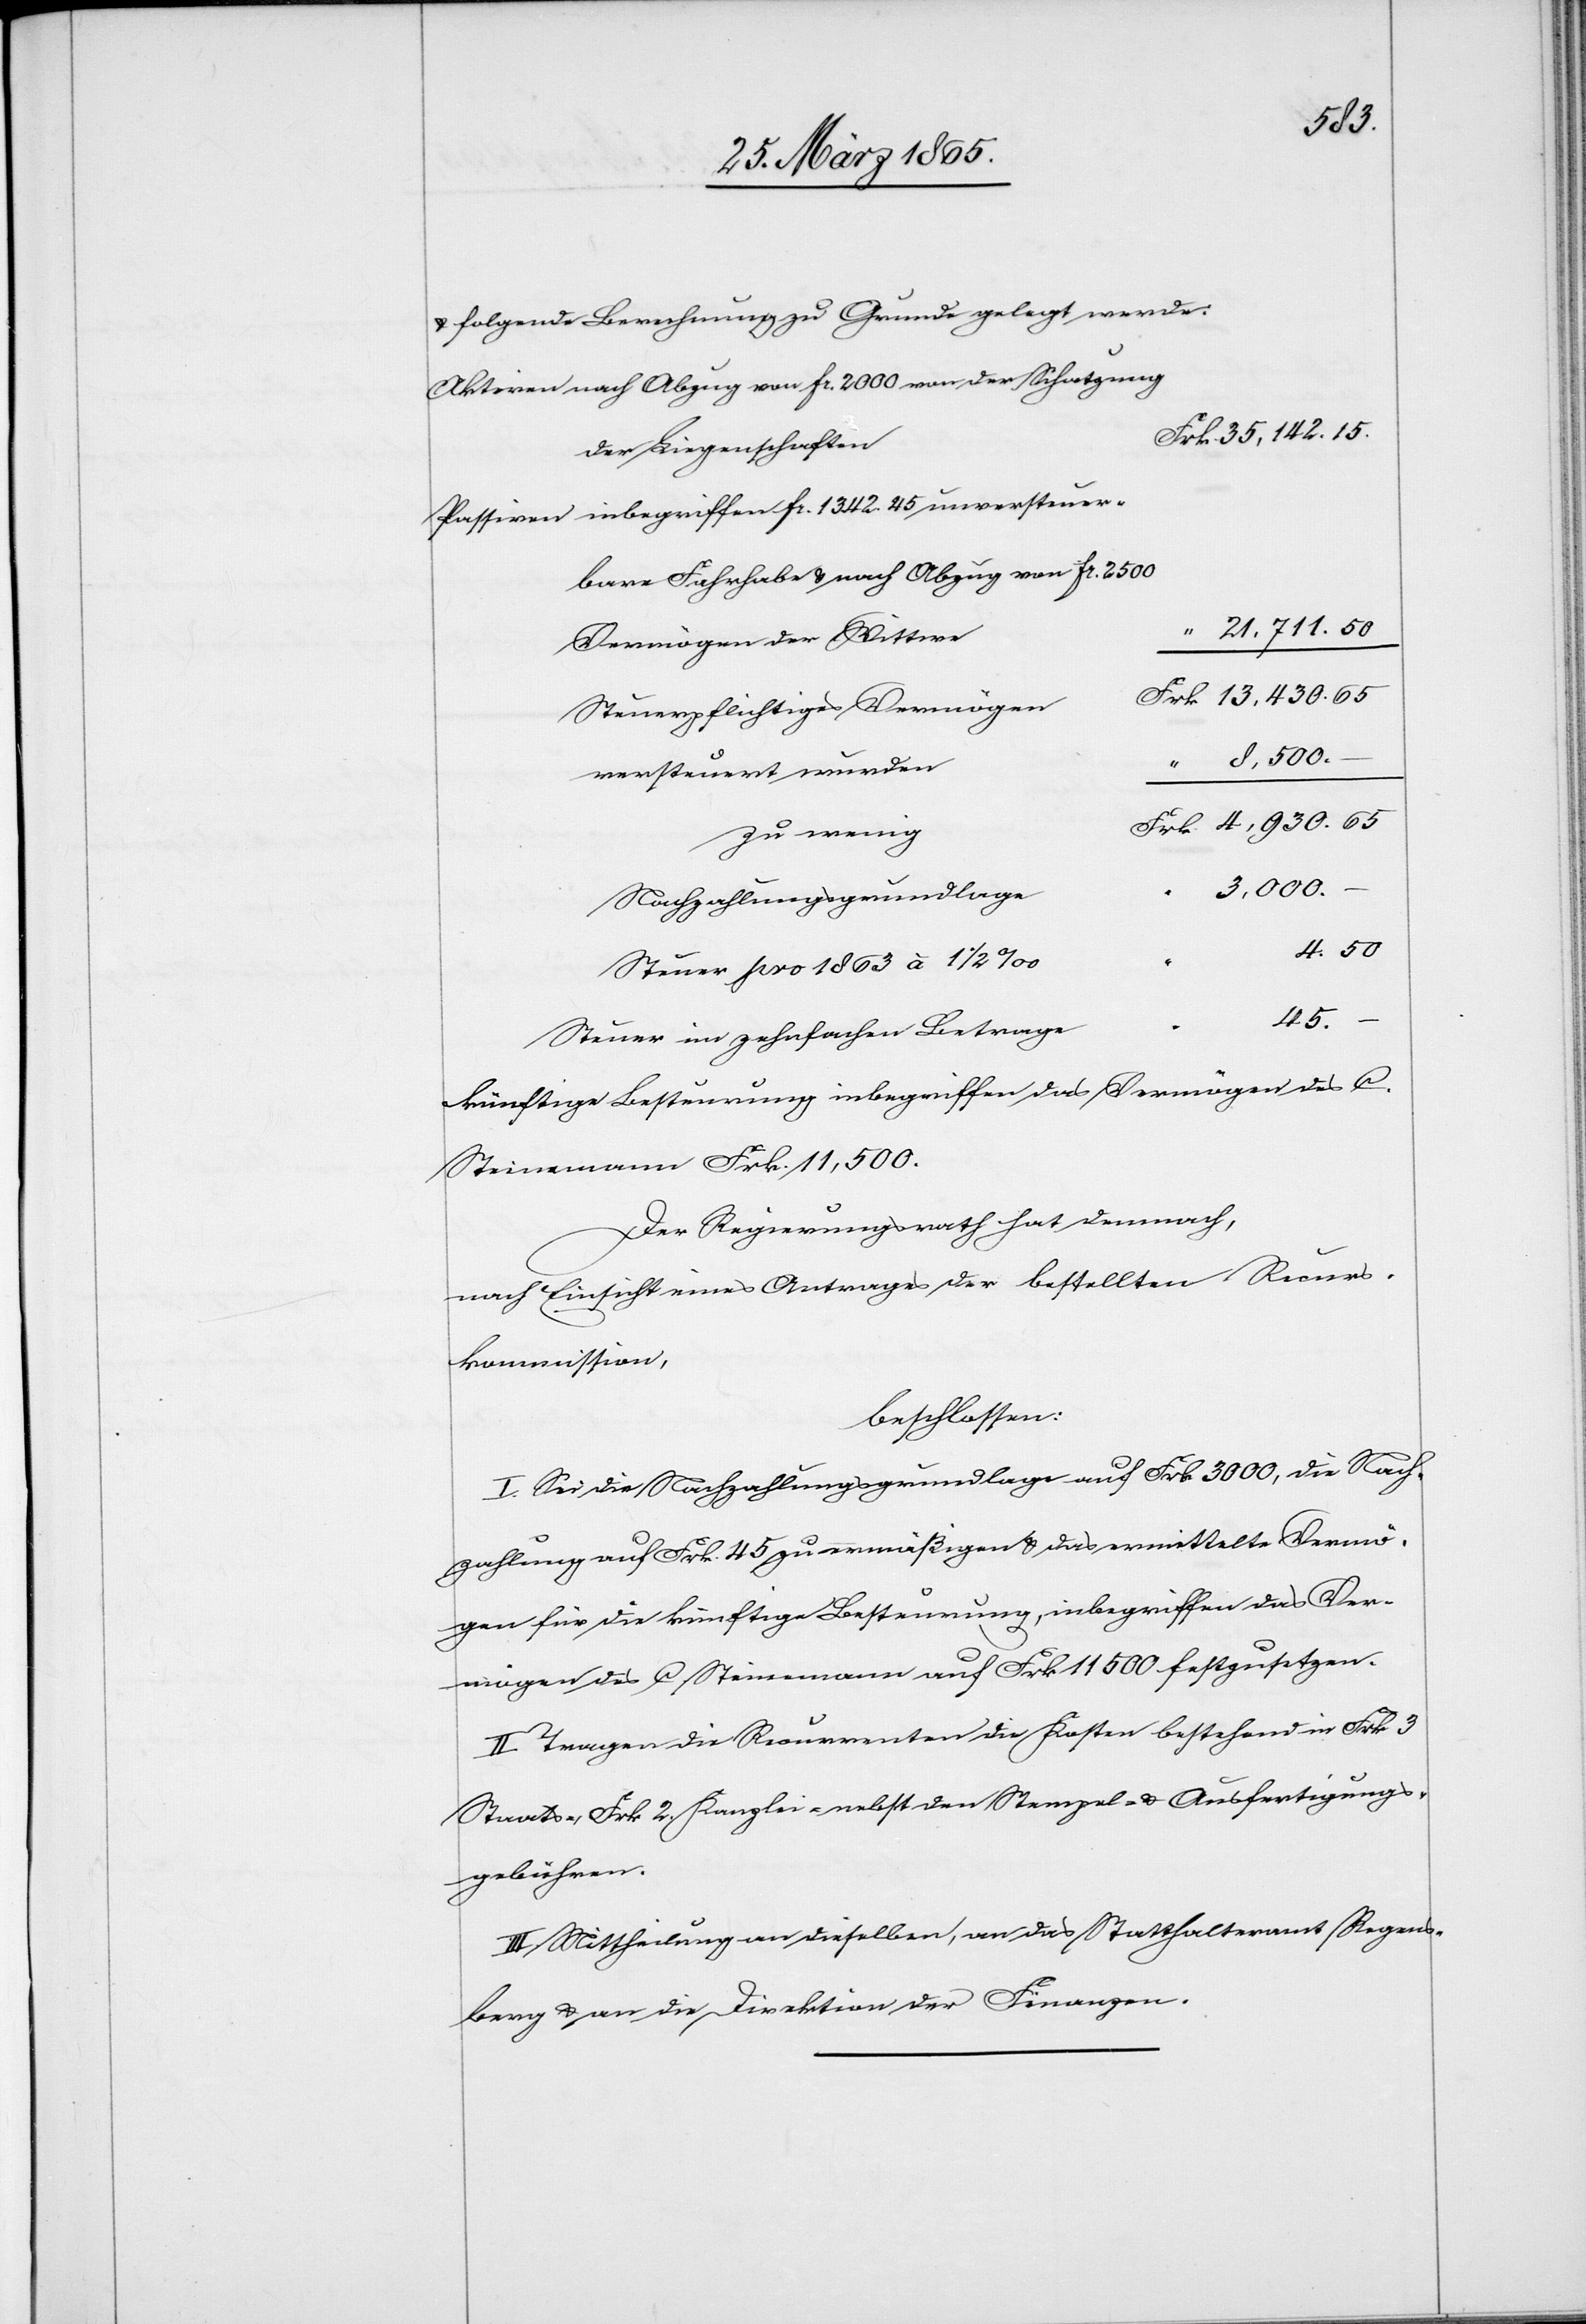
50
folgende Berechnung zu Grunde gelegt werde:
Aktiven nach Abzug von fr. 2000 von der Schatzung
der Liegenschaften
Passiven inbegriffen fr. 1342. 45 unversteuer¬
bare Fahrhabe & nach Abzug von fr. 2500
Vermögen der Wittwe
Steuerpflichtiges Vermögen
versteuert wurden
zu wenig
Frk.
3,000.
Nachzahlungsgrundlage
Steuer pro 1863 à 1 ½
45.
Steuer im zehnfachen Betrage
künftige Besteurung inbegriffen das Vermögen des C.
Steinemann Frk. 11,500.
Der Regierungsrath hat demnach,
nach Einsicht eines Antrages der bestellten Recurs¬
kommission,
beschlossen:
I. Sei die Nachzahlungsgrundlage auf Frk. 3000, die Nach¬
zahlung auf Frk. 45 zu ermäßigen & das ermittelte Vermö¬
gen für die künftige Besteurung, inbegriffen das Ver¬
mögen des C. Steinemann auf Frk. 11 500 festzusetzen.
II. Tragen die Recurrenten die Kosten bestehend in Frk 3
Staats-, Frk 2. Kanzlei- nebst den Stempel- & Ausfertigungs¬
gebühren.
III. Mittheilung an dieselben, an das Statthalteramt Regens¬
berg & an die Direktion der Finanzen.